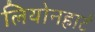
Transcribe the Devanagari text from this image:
लियोनहार्ट